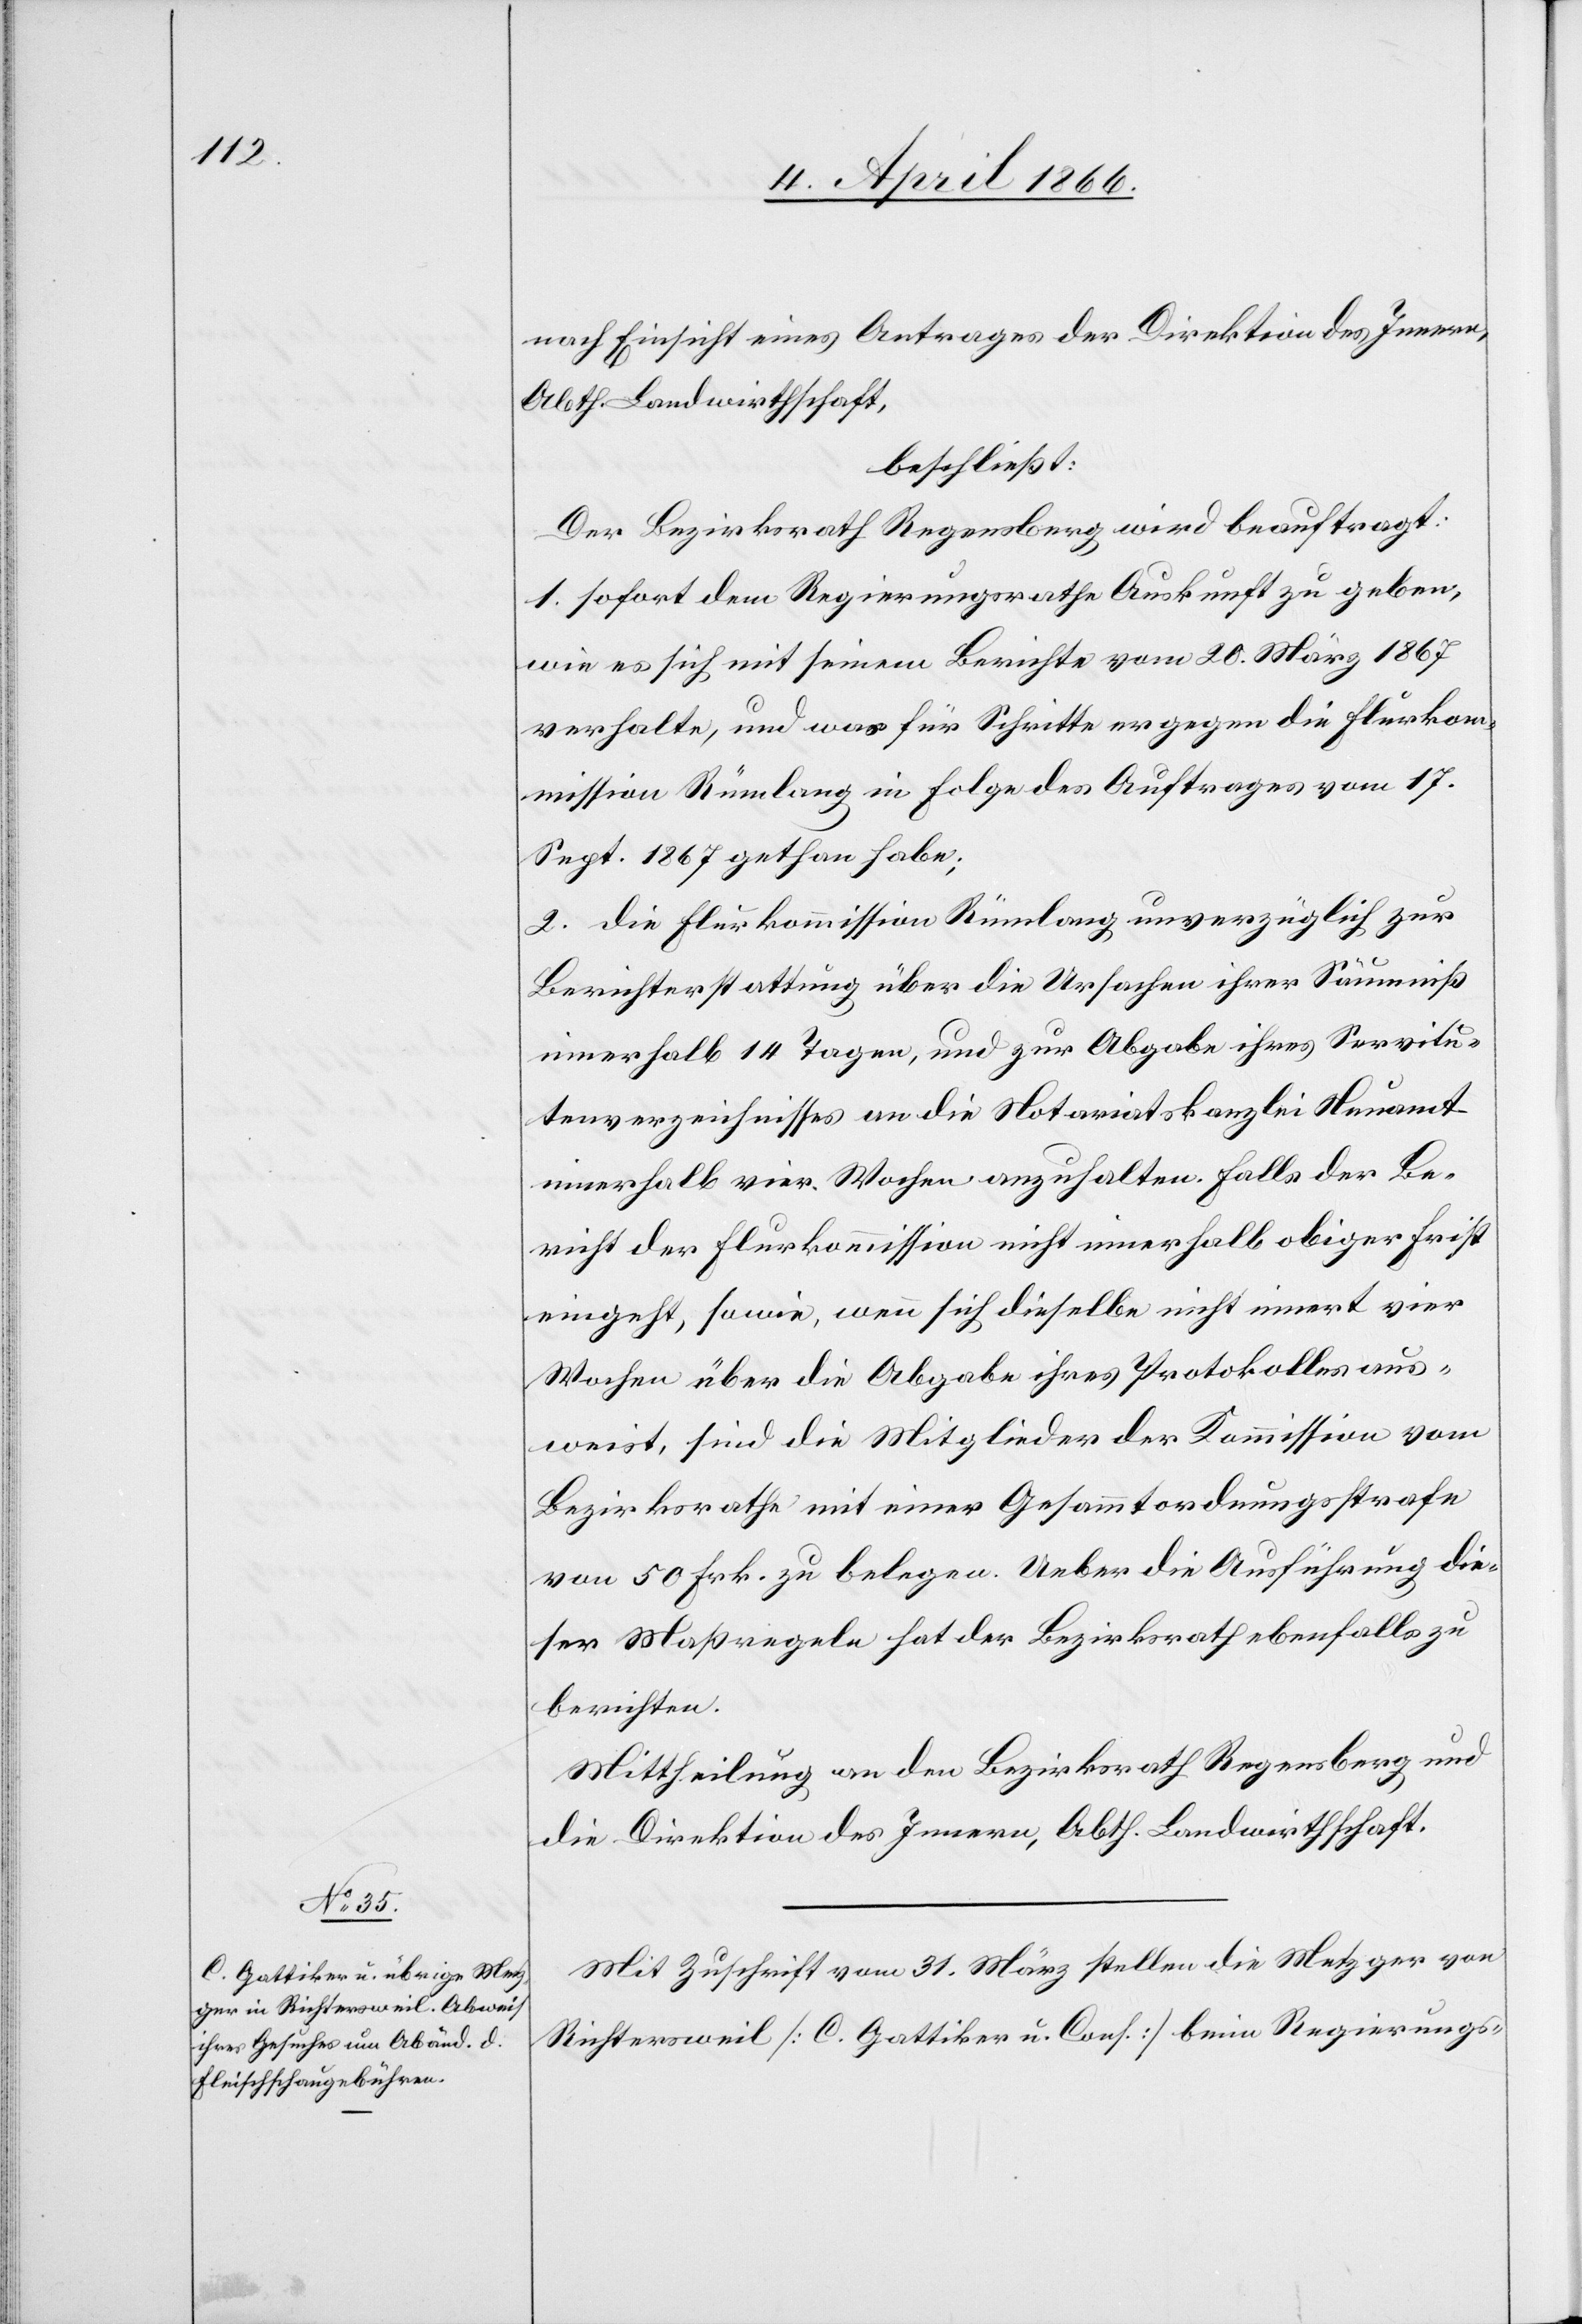
nach Einsicht eines Antrages der Direktion des Innern,
Abth. Landwirthschaft,
beschließt:
Der Bezirksrath Regensberg wird beauftragt:
1. sofort dem Regierungsrathe Auskunft zu geben,
wie es sich mit seinem Berichte vom 20. März 1867
verhalte, und was für Schritte er gegen die Flurko¬
mmission Rümlang in Folge des Auftrages vom 17.
Sept. 1867 gethan habe;
2. die Flurkommission Rümlang unverzüglich zur
Berichterstattung über die Ursachen ihrer Säumniß
innerhalb 14 Tagen, und zur Abgabe ihres Servitu¬
tenverzeichnisses an die Notariatskanzlei Neuamt
innerhalb vier Wochen anzuhalten. Falls der Be¬
richt der Flurkommission nicht innerhalb obiger Frist
eingeht, sowie, wenn sich dieselbe nicht innert vier
Wochen über die Abgabe ihres Protokolles aus¬
weist, sind die Mitglieder der Kommission vom
Bezirksrathe mit einer Gesammtordnungsstrafe
von 50 Frk. zu belegen. Ueber die Ausführung die¬
ser Maßregeln hat der Bezirksrath ebenfalls zu
berichten.
Mittheilung an den Bezirksrath Regensberg und
die Direktion des Innern, Abth. Landwirthschaft.
Mit Zuschrift vom 31. März stellen die Metzger von
Richtersweil [C. Gattiker u. Cons.] beim Regierungs-